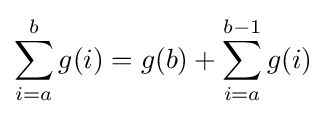
\sum _{i=a}^{b}g(i)=g(b)+\sum _{i=a}^{b-1}g(i)